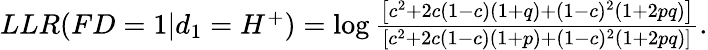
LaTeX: \begin{array}{r}{LLR(FD=1|d_{1}=H^{+})=\log\frac{\left[c^{2}+2c(1-c)(1+q)+(1-c)^{2}(1+2pq)\right]}{\left[c^{2}+2c(1-c)(1+p)+(1-c)^{2}(1+2pq)\right]}.}\end{array}